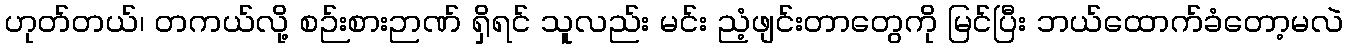
ဟုတ်တယ်၊ တကယ်လို့ စဉ်းစားဉာဏ် ရှိရင် သူလည်း မင်း ညံ့ဖျင်းတာတွေကို မြင်ပြီး ဘယ်ထောက်ခံတော့မလဲ